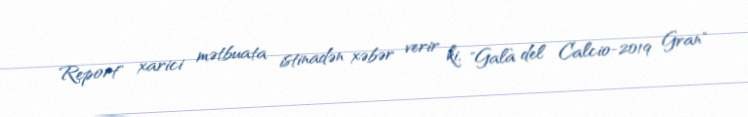
Report" xarici mətbuata istinadən xəbər verir ki, "Galà del Calcio-2019 Gran"